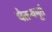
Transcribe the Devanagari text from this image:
चैतन्यमूर्त